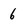
Character: 6